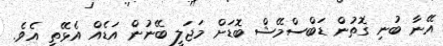
އޭނާ ބުނި ގޮތުން ޑަބްސްމޭޝް ބޮޑަށް މަޖަލީ ބޭނުން އަޑެއް އެޅޭތީ އެވެ.